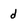
Character: d